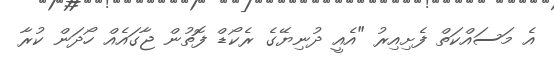
އެ މަސައްކަތް ފެށިއިރު "އެއީ ދުނިޔޭގެ ރެކޯޑް ފޮތުން ޖާގައެއް ހޯދަން ކުރާ